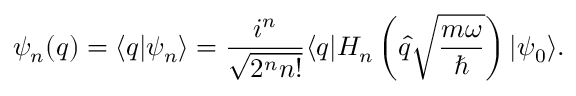
\psi _ { n } ( q ) = \langle q | \psi _ { n } \rangle = \frac { i ^ { n } } { \sqrt { 2 ^ { n } n ! } } \langle q | H _ { n } \left( \hat { q } \sqrt { \frac { m \omega } { \hbar } } \right) | \psi _ { 0 } \rangle .